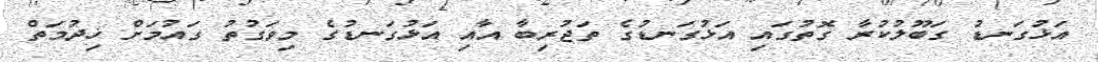
އަޅުގަނޑު ގަބޫލުކުރާ ގޮތުގައި އަޅުގަނޑުގެ ތަޖުރިބާ އާއި އަޅުގަނޑުގެ މިވަގުތު ގައުމަށް ޚިދުމަތް